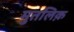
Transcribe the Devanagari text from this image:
मुतलिक़